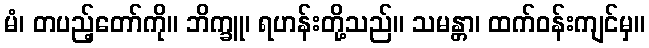
မံ၊ တပည့်တော်ကို။ ဘိက္ခူ၊ ရဟန်းတို့သည်။ သမန္တာ၊ ထက်ဝန်းကျင်မှ။